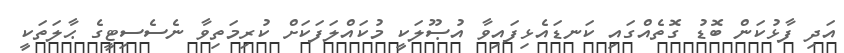
އަދި ފާޅުކަން ބޮޑު ގޮތެއްގައި ކަނޑައެޅިފައިވާ އުޞޫލަކީ މުކައްލަފަކަށް ކުރިމަތިވާ ނެސެސިޓީގެ ޙާލަތަކީ